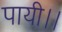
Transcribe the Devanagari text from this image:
पायी।।